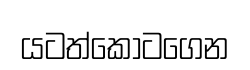
යටත්කොටගෙන